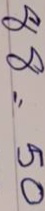
88 = 50